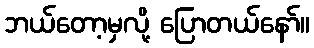
ဘယ်တော့မှလို့ ပြောတယ်နော်။